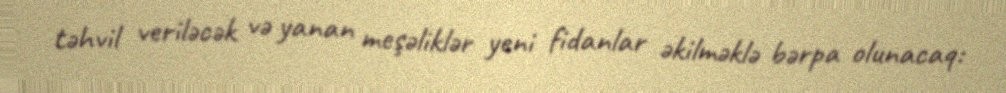
təhvil veriləcək və yanan meşəliklər yeni fidanlar əkilməklə bərpa olunacaq: